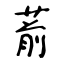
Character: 葥